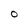
Character: O